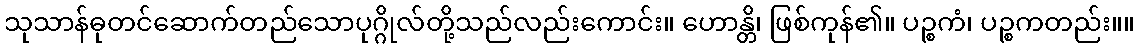
သုသာန်ဓုတင်ဆောက်တည်သောပုဂ္ဂိုလ်တို့သည်လည်းကောင်း။ ဟောန္တိ၊ ဖြစ်ကုန်၏။ ပဉ္စကံ၊ ပဉ္စကတည်း။။